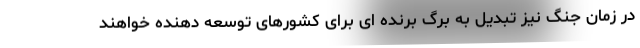
در زمان جنگ نیز تبدیل به برگ برنده ای برای کشورهای توسعه دهنده خواهند